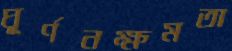
ঘূর্ণনক্ষমতা